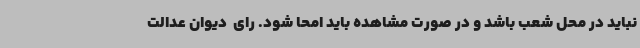
نباید در محل شعب باشد و در صورت مشاهده باید امحا شود. رای  دیوان عدالت